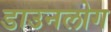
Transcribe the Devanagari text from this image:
डाउनलोग